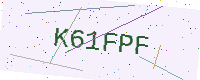
Text: K61FPF